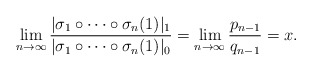
\begin{align*}\lim_{n\to\infty} \frac{|\sigma_1 \circ \cdots \circ\sigma_n(1)|_1}{|\sigma_1 \circ \cdots \circ\sigma_n(1)|_0} =\lim_{n\to\infty} \frac{p_{n-1}}{q_{n-1}}=x.\end{align*}